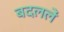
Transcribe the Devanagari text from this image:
बदललें